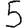
Digit: 5